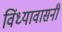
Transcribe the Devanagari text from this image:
विंध्यावासनी